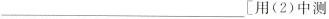
___[用(2)中测